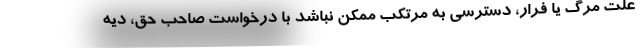
علت مرگ یا فرار، دسترسی به مرتکب ممکن نباشد با درخواست صاحب حق، دیه